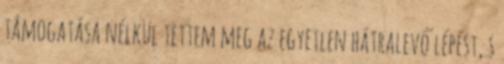
támogatása nélkül tettem meg az egyetlen hátralevő lépést, s